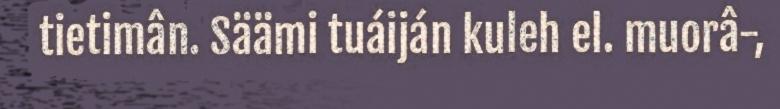
tietimân. Säämi tuáiján kuleh el. muorâ-,